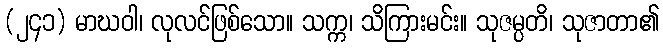
(၂၄၁) မာဃဝါ၊ လုလင်ဖြစ်သော။ သက္က၊ သိကြားမင်း။ သုဇမ္ပတိ၊ သုဇာတာ၏